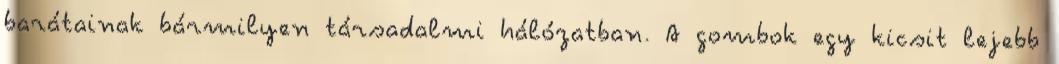
barátainak bármilyen társadalmi hálózatban. A gombok egy kicsit lejebb